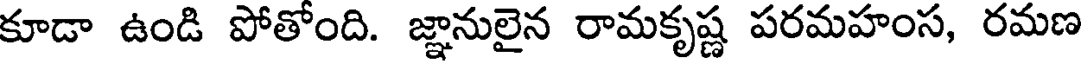
కూడా ఉండి పోతోంది. జ్ఞానులైన రామకృష్ణ పరమహంస, రమణ